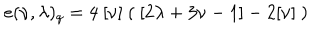
e ( \nu , \lambda ) _ { q } = 4 \ [ \nu ] \ ( \ [ 2 \lambda + 3 \nu - 1 ] - 2 [ \nu ] \ )